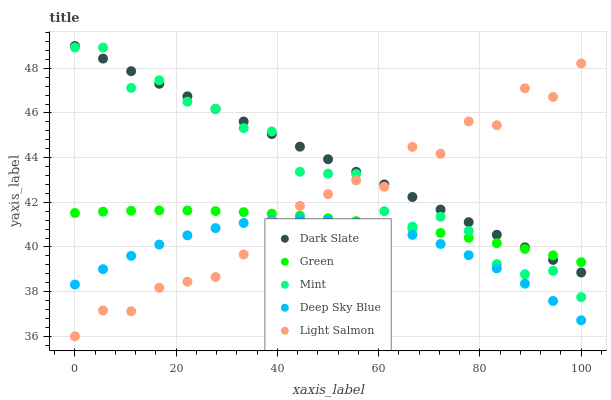
| xaxis_label | Dark Slate | Green | Mint | Deep Sky Blue | Light Salmon |
 | --- | --- | --- | --- | --- | --- |
 | 0 | 49 | 41.5 | 48.9 | 38.3 | 36 |
 | 5.56 | 48.4 | 41.6 | 48.9 | 39 | 37.2 |
 | 11.1 | 47.9 | 41.6 | 47.1 | 39.6 | 37.1 |
 | 16.7 | 47.3 | 41.6 | 47.5 | 40.1 | 38.2 |
 | 22.2 | 46.7 | 41.6 | 46.5 | 40.5 | 38.4 |
 | 27.8 | 46.2 | 41.6 | 46.2 | 40.8 | 38.7 |
 | 33.3 | 45.6 | 41.6 | 45.3 | 41.1 | 39.7 |
 | 38.9 | 45.1 | 41.5 | 45.2 | 41.2 | 41.1 |
 | 44.4 | 44.5 | 41.4 | 43.4 | 41.3 | 41.8 |
 | 50 | 43.9 | 41.3 | 43.3 | 41.2 | 42.4 |
 | 55.6 | 43.4 | 41.2 | 43.3 | 41.1 | 43 |
 | 61.1 | 42.8 | 41 | 41.6 | 40.9 | 42.7 |
 | 66.7 | 42.2 | 40.8 | 40.9 | 40.5 | 44.5 |
 | 72.2 | 41.7 | 40.6 | 41.4 | 40.1 | 44.2 |
 | 77.8 | 41.1 | 40.4 | 40.7 | 39.6 | 45.6 |
 | 83.3 | 40.5 | 40.2 | 39.2 | 39 | 45.5 |
 | 88.9 | 40 | 39.9 | 38.8 | 38.4 | 47.1 |
 | 94.4 | 39.4 | 39.6 | 38.9 | 37.6 | 46.7 |
 | 100 | 38.9 | 39.3 | 37.8 | 36.7 | 48.2 |